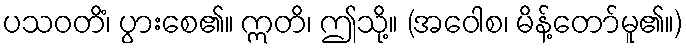
ပသဝတိံ၊ ပွားစေ၏။ ဣတိ၊ ဤသို့။ (အဝေါစ၊ မိန့်တော်မူ၏။)